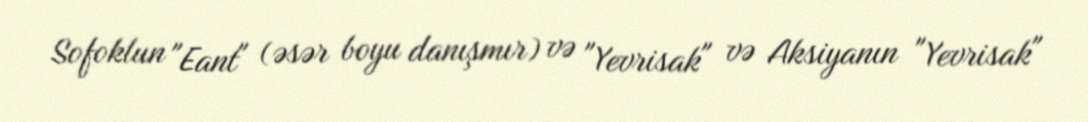
Sofoklun "Eant" (əsər boyu danışmır) və "Yevrisak" və Aksiyanın "Yevrisak"